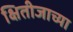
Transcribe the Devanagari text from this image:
क्षितीजाच्या